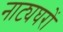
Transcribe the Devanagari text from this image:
नाट्यघरों